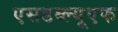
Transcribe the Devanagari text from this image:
एसडब्ल्यूएफ